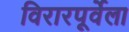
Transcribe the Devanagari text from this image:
विरारपूर्वेला